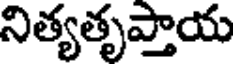
నిత్యతృప్తాయ